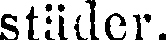
städer.